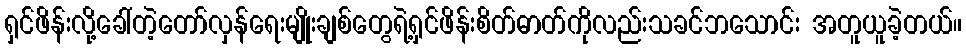
ရှင်ဖိန်းလို့ခေါ်တဲ့တော်လှန်ရေးမျိုးချစ်တွေရဲ့ရှင်ဖိန်းစိတ်ဓာတ်ကိုလည်းသခင်ဘသောင်း အတူယူခဲ့တယ်။